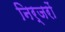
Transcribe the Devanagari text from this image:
निर्जरों